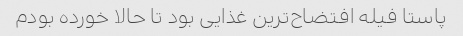
پاستا فیله افتضاح‌ترین غذایی بود تا حالا خورده بودم